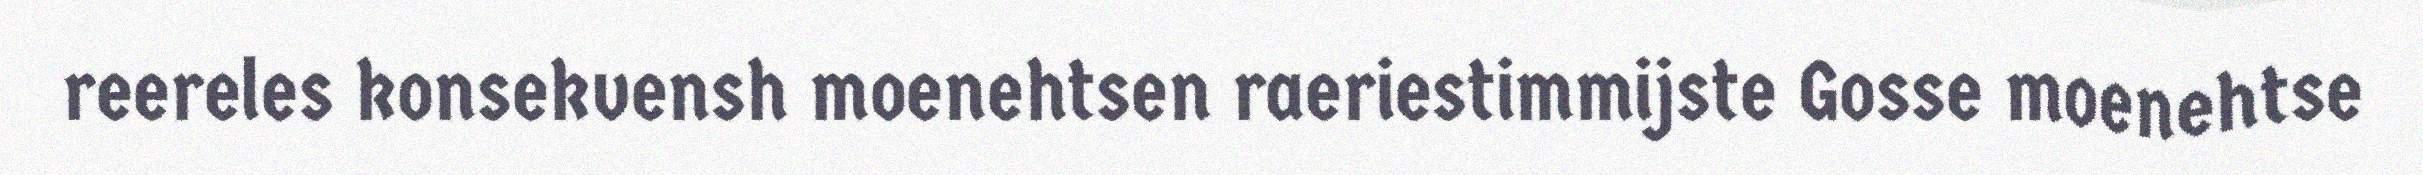
reereles konsekvensh moenehtsen raeriestimmijste Gosse moenehtse